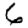
Digit: 6